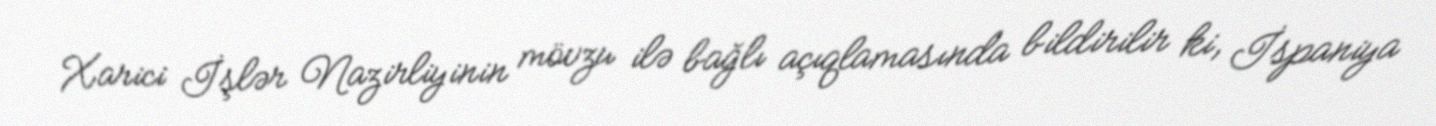
Xarici İşlər Nazirliyinin mövzu ilə bağlı açıqlamasında bildirilir ki, İspaniya